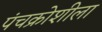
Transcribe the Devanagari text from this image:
पंचक्रोशीला